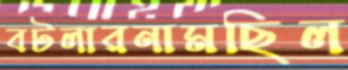
বটলারনামছিল